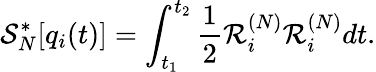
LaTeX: \mathcal{S}_{N}^{*}[q_{i}(t)]=\int_{t_{1}}^{t_{2}}\frac{1}{2}\mathcal{R}_{i}^{(N)}\mathcal{R}_{i}^{(N)}dt.